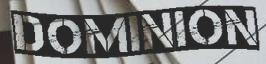
DOMINION